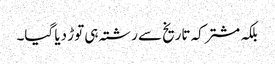
بلکہ مشترکہ تاریخ سے رشتہ ہی توڑ دیا گیا۔